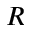
R